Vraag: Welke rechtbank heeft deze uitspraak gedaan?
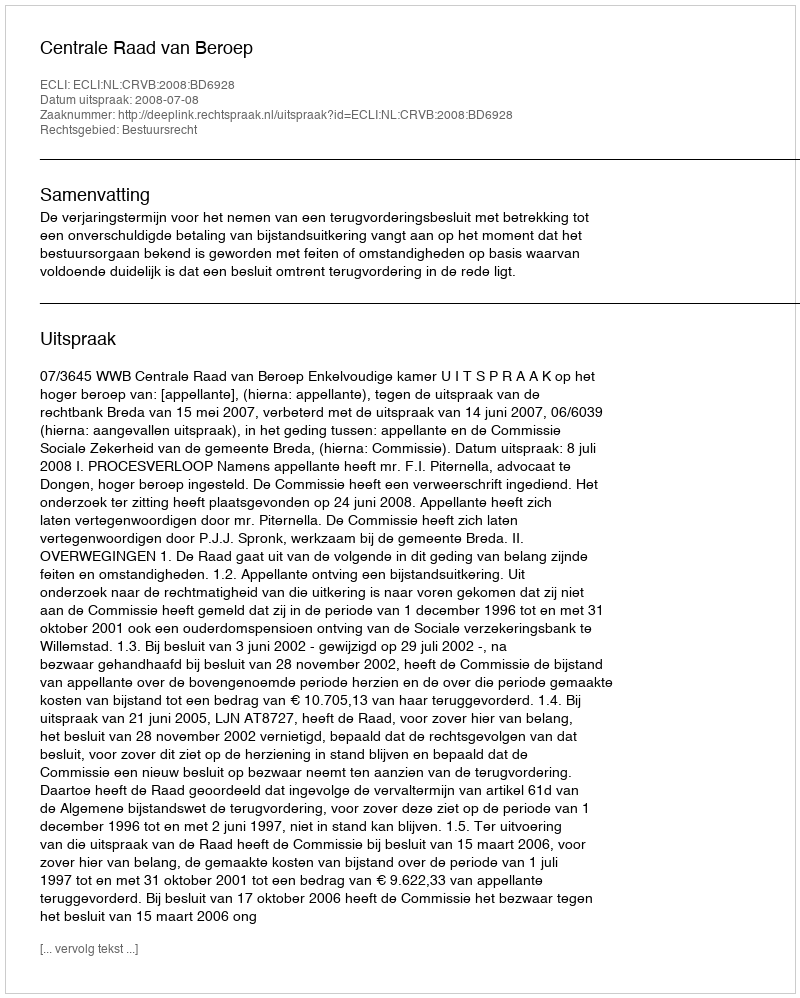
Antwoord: Centrale Raad van Beroep